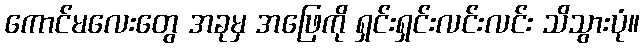
ကောင်မလေးတွေ အခုမှ အဖြေကို ရှင်းရှင်းလင်းလင်း သိသွားပုံ။